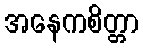
အနေကစိတ္တာ